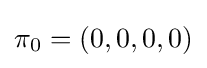
\pi _{0}=(0,0,0,0)